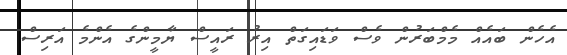
އެހެން ބައެއް މެމްބަރުން ވެސް ވަޑައިގަތް އިރު ރައީސް ޔާމީންގެ އެންމެ އަރިސް